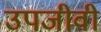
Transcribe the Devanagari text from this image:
उपजीवी